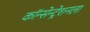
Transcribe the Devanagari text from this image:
कॉन्सेन्ट्रेशनला